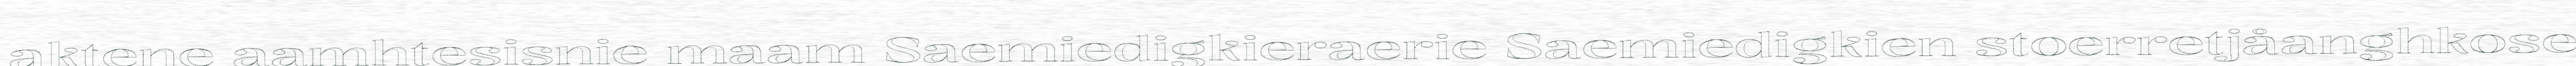
aktene aamhtesisnie maam Saemiedigkieraerie Saemiedigkien stoerretjåanghkose